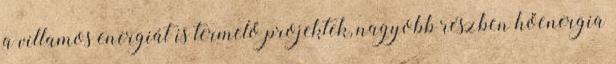
a villamos energiát is termelő projektek, nagyobb részben hőenergia